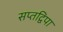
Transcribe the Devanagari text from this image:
सप्तद्विपा